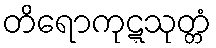
တိရောကုဋ္ဋသုတ္တံ